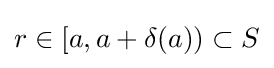
r\in [a,a+\delta (a))\subset S